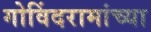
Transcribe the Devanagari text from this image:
गोविंदरामांच्या